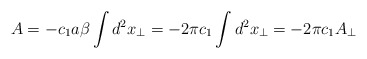
\begin{align*}A= -c_1 a \beta \int d^2 x_\perp = - 2\pi c_1 \int d^2 x_\perp= -2\pi c_1 A_\perp \end{align*}